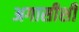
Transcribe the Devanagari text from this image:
अगासीशी